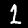
Label: 1